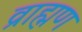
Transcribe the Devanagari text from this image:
व्राह्मण